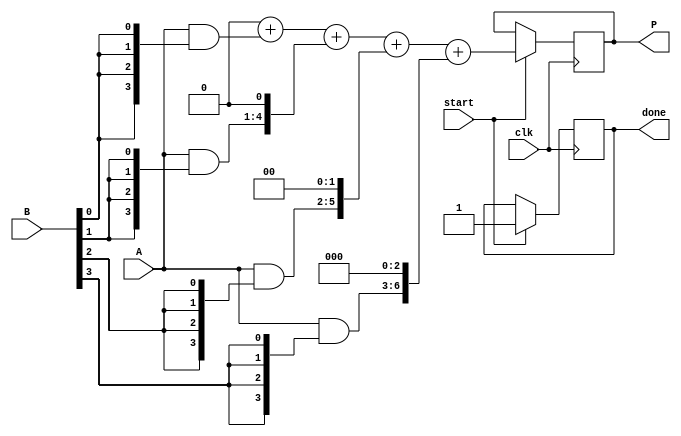
module vedic_multiplier #(parameter N = 4)( // Parameter N can be adjusted
    input [N-1:0] A, 
    input [N-1:0] B,
    input clk, // Clock input for synchronous operation
    input start, // Control signal to start multiplication
    output reg [2*N-1:0] P, // Product output
    output reg done // Signal to indicate multiplication is complete
);

    reg [N-1:0] part_prod [0:N-1]; // Matrix for storing partial products
    reg [2*N-1:0] sum; // Temporary sum for accumulating results
    integer i, j;

    always @(posedge clk) begin
        if (start) begin
            // Initialize output and partial products
            P <= 0;
            done <= 0;
            
            // Generate Partial Products
            for (i = 0; i < N; i = i + 1) begin
                part_prod[i] = A & {N{B[i]}}; // AND A with each bit of B
            end

            // Crosswise addition
            sum = 0;
            for (i = 0; i < N; i = i + 1) begin
                sum = sum + (part_prod[i] << i); // Shift the partial product
            end

            P <= sum; // Assign the final product
            done <= 1; // Indicate multiplication is done
        end
    end
endmodule